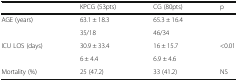
<table><thead><tr><td>[EMPTY_CELL]</td><td><b>KPCG (53pts)</b></td><td><b>CG (80pts)</b></td><td><b>p</b></td></tr></thead><tbody><tr><td>AGE (years)</td><td>63.1 ± 18.3</td><td>65.3 ± 16.4</td><td>[EMPTY_CELL]</td></tr><tr><td>[EMPTY_CELL]</td><td>35/18</td><td>46/34</td><td>[EMPTY_CELL]</td></tr><tr><td>ICU LOS (days)</td><td>30.9 ± 33.4</td><td>16 ± 15.7</td><td>&lt;0.01</td></tr><tr><td>[EMPTY_CELL]</td><td>6 ± 4.4</td><td>6.9 ± 4.6</td><td>[EMPTY_CELL]</td></tr><tr><td>Mortality (%)</td><td>25 (47.2)</td><td>33 (41.2)</td><td>NS</td></tr></tbody></table>